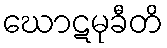
ဃောဋမုခီတိ